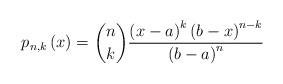
LaTeX: \begin{align*} p_{n,k}\left( x\right) =\binom{n}{k}\frac{\left( x-a\right) ^{k}\left(b-x\right) ^{n-k}}{\left( b-a\right) ^{n}}\end{align*}